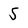
Character: 5